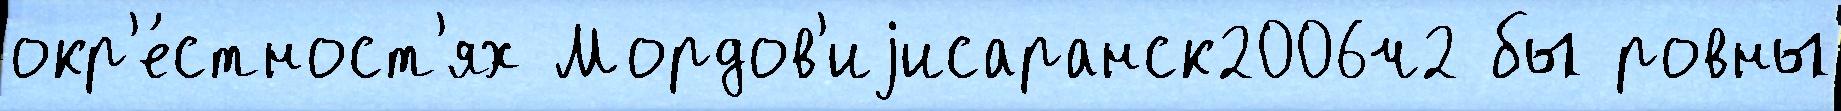
окр'е́стност'ях Мордов'иjисаранск2006ч2 бы ровны